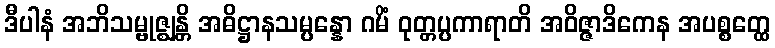
ဒီပါနံ အဘိသမ္ဗုဇ္ဈန္တိ အဓိဋ္ဌာနသမ္ပန္နော ဂမိံ ဝုတ္တပ္ပကာရာတိ အဝိဇ္ဇာဒိကေန အပစ္စတ္ထေ